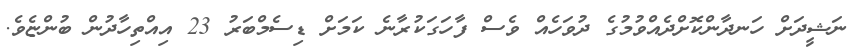
ނަޝީދަށް ހަނދާންކޮށްދެއްވުމުގެ ދުވަހެއް ވެސް ފާހަގަކުރާނެ ކަމަށް ޑިސެމްބަރު 23 އިއްތިހާދުން ބުންޏެވެ.